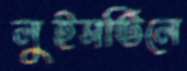
লুইসভিলে